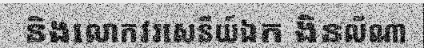
និងលោកវរសេនីយ៍ឯក ងិនលីណា